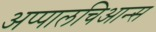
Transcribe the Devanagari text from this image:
अप्पालचिआन्स